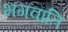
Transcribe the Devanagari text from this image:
भगवाति